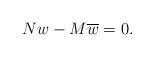
LaTeX: \begin{align*}Nw - M \overline{w} = 0.\end{align*}